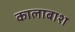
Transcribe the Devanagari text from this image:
कालाबाश